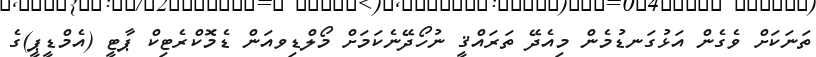
ތަނަކަށް ވެގެން އަޅުގަނޑުމެން މިއެދޭ ތަރައްޤީ ނުހޯދޭނެކަމަށް މޯލްޑިވއަން ޑެމޮކްރެޓިކް ޕާޓީ (އެމްޑީޕީ)ގެ